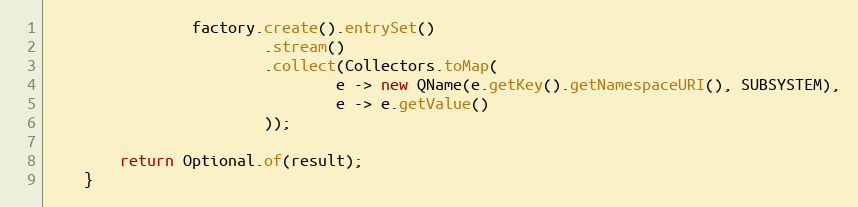
Language: Java
                factory.create().entrySet()
                        .stream()
                        .collect(Collectors.toMap(
                                e -> new QName(e.getKey().getNamespaceURI(), SUBSYSTEM),
                                e -> e.getValue()
                        ));

        return Optional.of(result);
    }